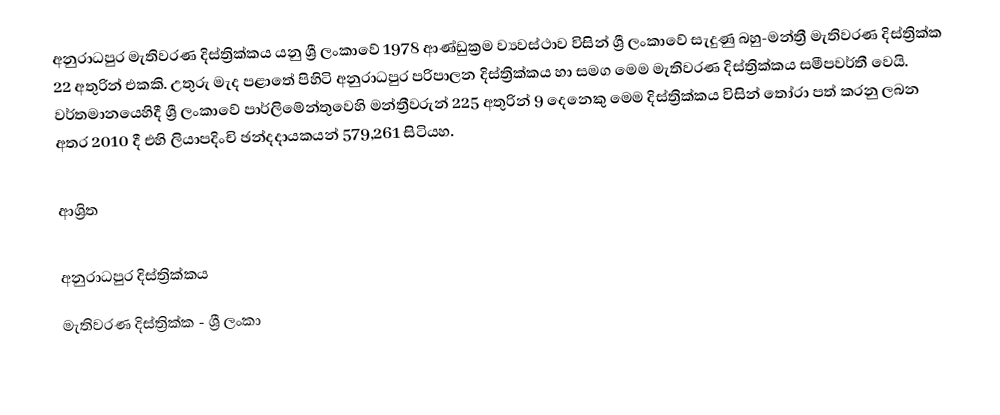
අනුරාධපුර මැතිවරණ දිස්ත්‍රික්කය යනු ශ්‍රී ලංකාවේ 1978 ආණ්ඩුක්‍රම ව්‍යවස්ථාව විසින් ශ්‍රී ලංකාවේ සැදුණු  බහු-මන්ත්‍රී මැතිවරණ දිස්ත්‍රික්ක 22 අතුරින් එකකි. උතුරු මැද පළාතේ පිහිටි  අනුරාධපුර පරිපාලන දිස්ත්‍රික්කය හා සමග මෙම මැතිවරණ දිස්ත්‍රික්කය සමීපවර්තී වෙයි. වර්තමානයෙහිදී  ශ්‍රී ලංකාවේ පාර්ලිමේන්තුවෙහි මන්ත්‍රීවරුන් 225 අතුරින් 9 දෙනෙකු මෙම දිස්ත්‍රික්කය විසින් තෝරා පත් කරනු ලබන අතර 2010 දී එහි ලියාපදිංචි ඡන්දදායකයන් 579,261  සිටියහ.

ආශ්‍රිත

අනුරාධපුර දිස්ත්‍රික්කය
මැතිවරණ දිස්ත්‍රික්ක - ශ්‍රී ලංකා